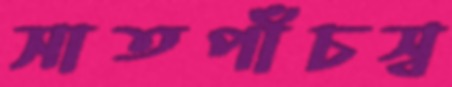
সাতপাঁচস্ব